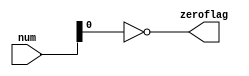
module ZEROFLAG(
    input [15:0] num,
    output zeroflag
);

assign zeroflag = ~(num);


endmodule